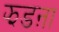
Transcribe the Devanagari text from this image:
झडऩा